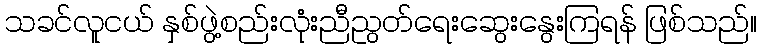
သခင်လူငယ် နှစ်ဖွဲ့စည်းလုံးညီညွတ်ရေးဆွေးနွေးကြရန် ဖြစ်သည်။